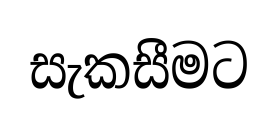
සැකසීමට